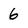
Character: 6